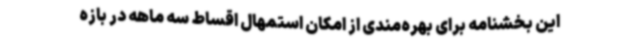
این بخشنامه برای بهره‌مندی از امکان استمهال اقساط سه ماهه در بازه